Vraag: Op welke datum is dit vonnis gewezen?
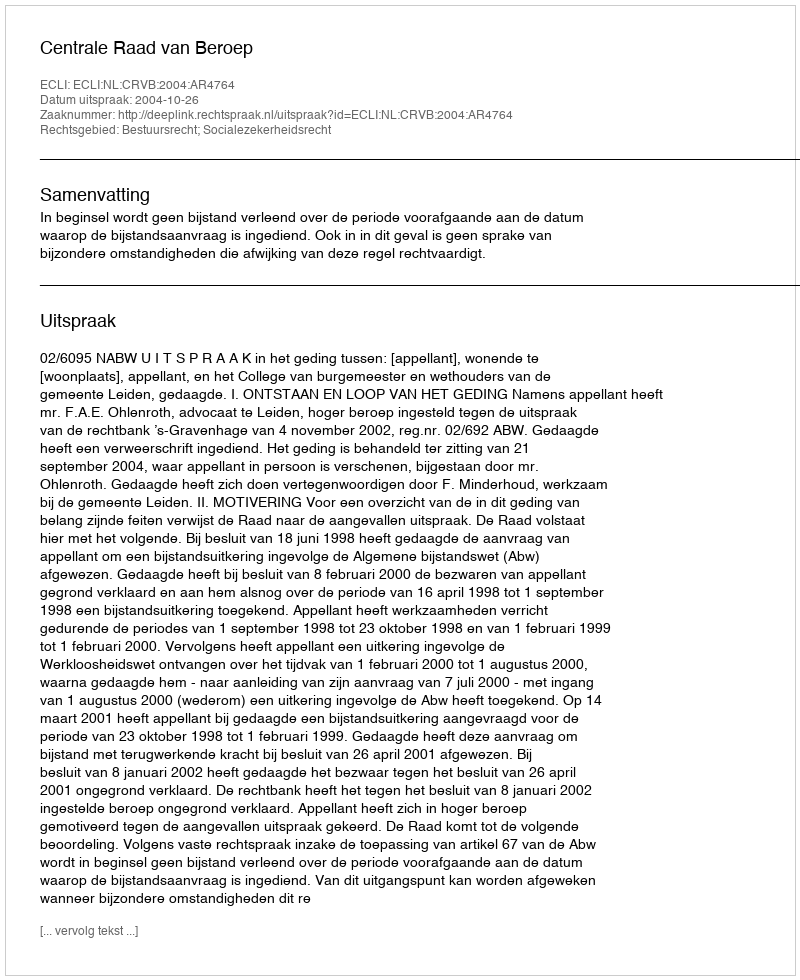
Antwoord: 2004-10-26